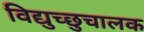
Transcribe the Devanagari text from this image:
विद्युच्छुचालक